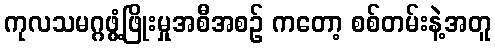
ကုလသမဂ္ဂဖွံ့ဖြိုးမှုအစီအစဉ် ကတော့ စစ်တမ်းနဲ့အတူ